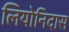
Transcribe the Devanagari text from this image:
लियोनिदास